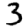
Digit: 3